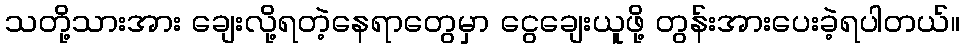
သတို့သားအား ချေးလို့ရတဲ့နေရာတွေမှာ ငွေချေးယူဖို့ တွန်းအားပေးခဲ့ရပါတယ်။